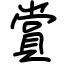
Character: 賞